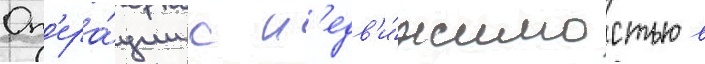
Оп'ера́ции с н'едв'и́жимостью в